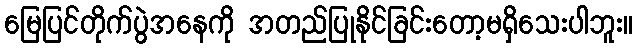
မြေပြင်တိုက်ပွဲအနေကို အတည်ပြုနိုင်ခြင်းတော့မရှိသေးပါဘူး။